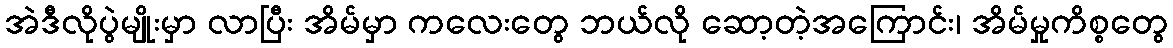
အဲဒီလိုပွဲမျိုးမှာ လာပြီး အိမ်မှာ ကလေးတွေ ဘယ်လို ဆော့တဲ့အကြောင်း၊ အိမ်မှုကိစ္စတွေ